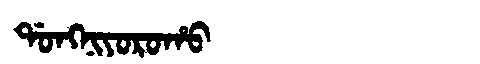
Manchu: ᡩᠣᠩᠨᡳᠶᠣᡵᠣᡥᠣ
Romanization: DONGNIYOROHO